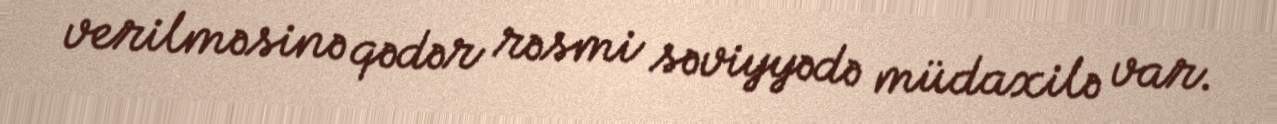
verilməsinə qədər rəsmi səviyyədə müdaxilə var.